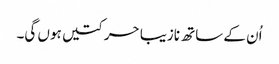
اُن کے ساتھ نازیبا حرکتیں ہوں گی۔